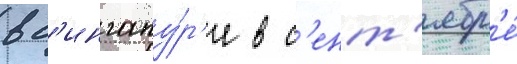
в с'ингапу́р'е в с'ент'ябр'е́